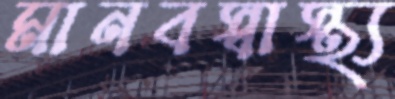
মানবস্বাস্থ্য